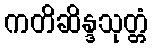
ကတိဆိန္ဒသုတ္တံ